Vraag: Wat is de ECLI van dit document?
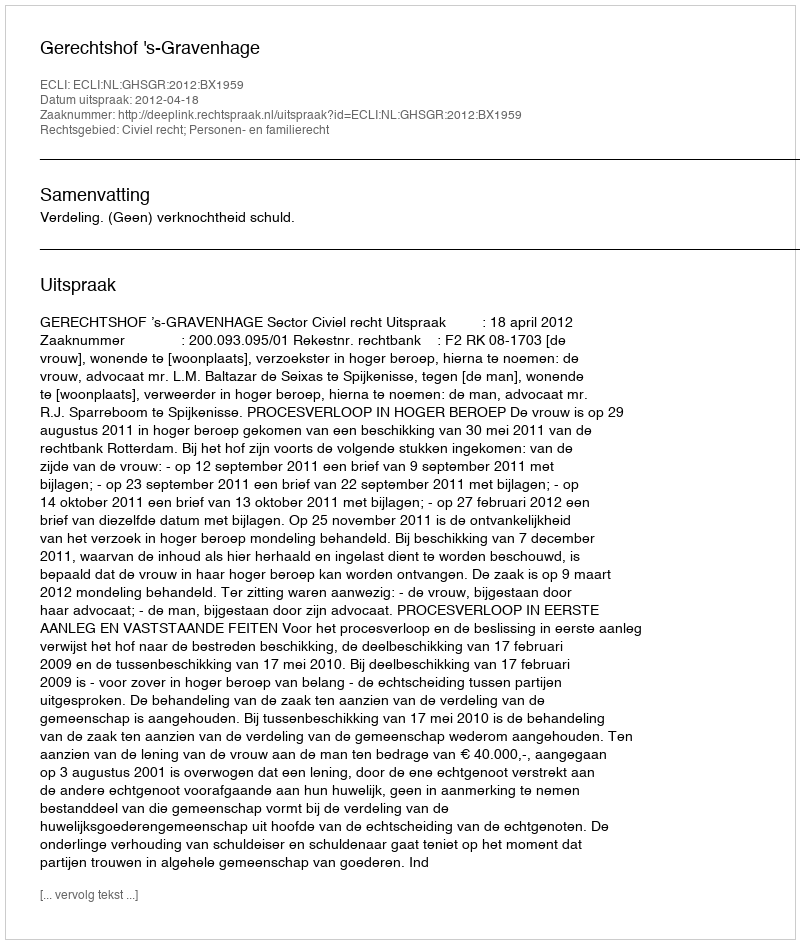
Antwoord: ECLI:NL:GHSGR:2012:BX1959